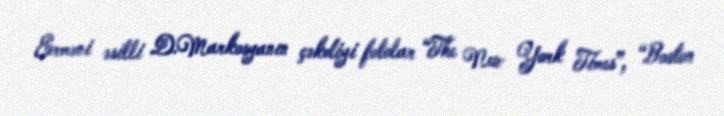
Erməni əsilli D.Markosyanın çəkdiyi fotolar “The New York Times”, “Boston